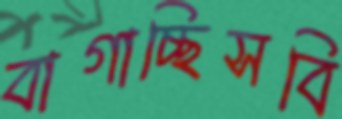
বাগাচ্ছিসবি